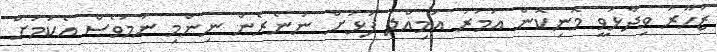
ޒުހޫރު ވިދާޅުވީ މޮނިކޮން އަމުރު އަމިއްލަ ފުޅަށް ނުނެރެން ނިންމި ނަމަވެސް އެކަމަށް